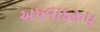
અપવાદરૂપ